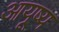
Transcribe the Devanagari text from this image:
आयूष्य